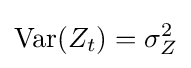
\mathrm {Var} (Z_{t})=\sigma _{Z}^{2}